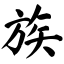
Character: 族